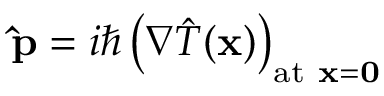
\mathbf { \hat { p } } = i \hbar \left( \nabla { \hat { T } } ( \mathbf { x } ) \right) _ { { \mathrm { a t ~ } } \mathbf { x } = \mathbf { 0 } }